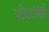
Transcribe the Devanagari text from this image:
पोलॉर्ड